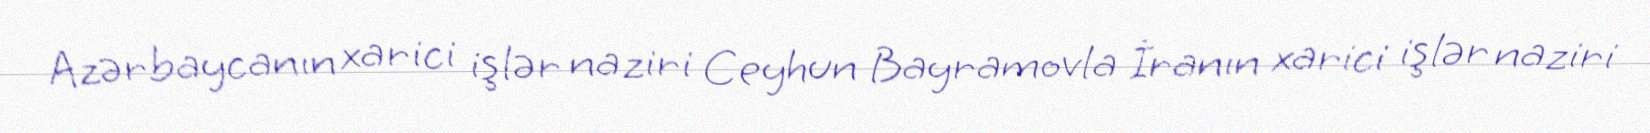
Azərbaycanın xarici işlər naziri Ceyhun Bayramovla İranın xarici işlər naziri